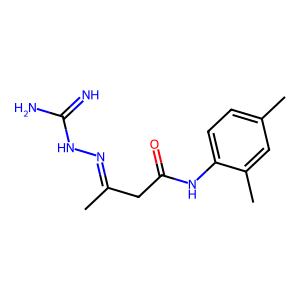
SMILES: CC(CC(=O)Nc1ccc(C)cc1C)=NNC(=N)N
Inhibits HIV replication: No